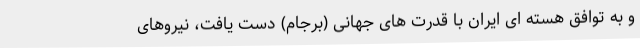
و به توافق هسته ای ایران با قدرت های جهانی (برجام) دست یافت، نیروهای